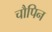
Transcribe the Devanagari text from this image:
चौपिन